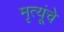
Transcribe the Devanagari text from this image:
मृत्यूंचे